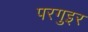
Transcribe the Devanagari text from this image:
परगुइर